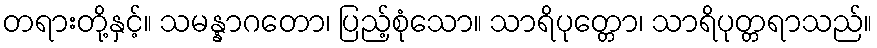
တရားတို့နှင့်။ သမန္နာဂတော၊ ပြည့်စုံသော။ သာရိပုတ္တော၊ သာရိပုတ္တရာသည်။